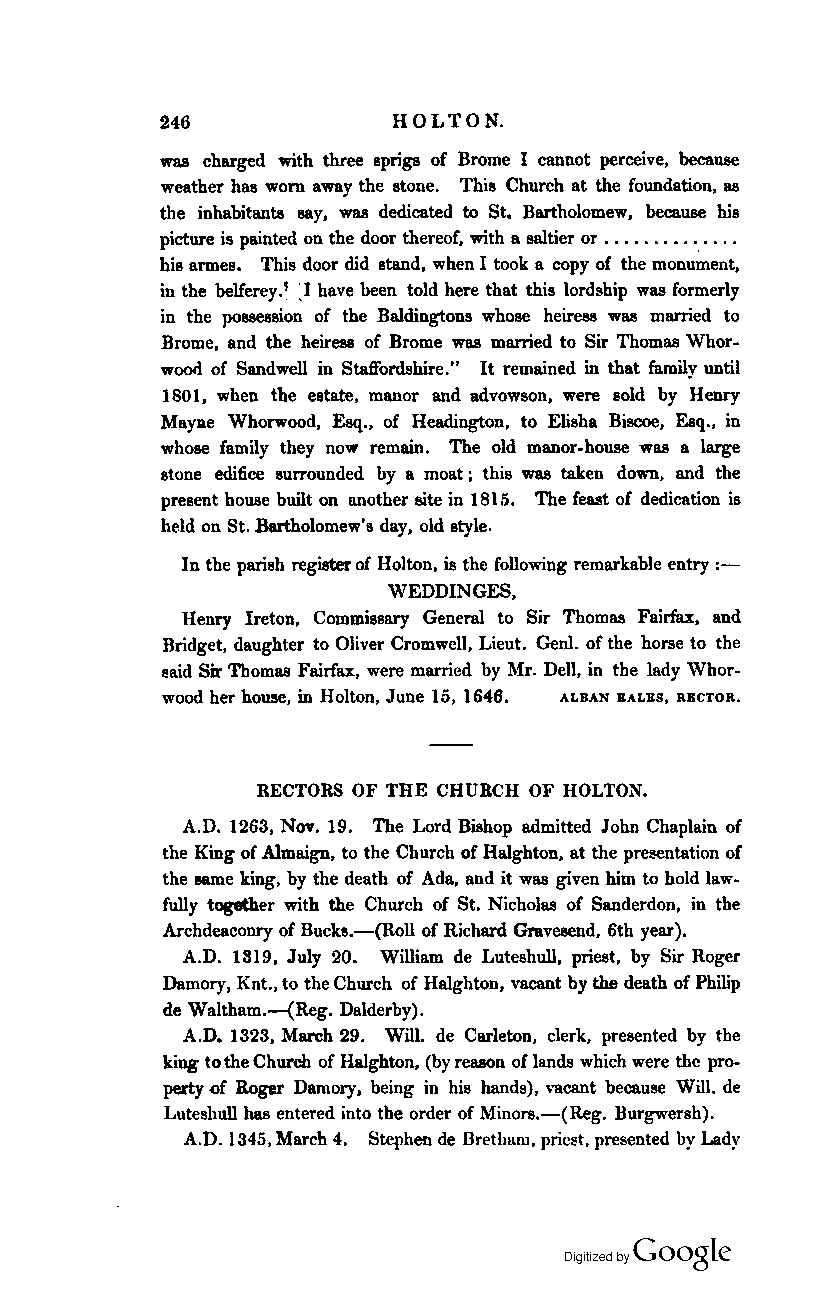
246            HOLTON.
 was charged with three sprigs of Brome I cannot perceive. because
 weather has worn away the stone. This Church at the foundation. as
 the inhabitants say, was dedicated to St. Bartholomew. because bis
 picture is painted on the door thereof. with a saltier or ..•...••. '. ....
 his armes. This door did stand. when I took a copy of the monument,
 in the beHerey.' ~I have been told here that this lordship was formerly
 in the poBSeBBion of the Baldingtons whose heiress was married to
 Brome, and the heiress of Brome was married to Sir Thomas Whor
 wood of Sandwell in Staffordshire." It remained in that family until
 1801, when the estate. manor and advowson, were sold by Henry
 Maylle Whorwood, Esq .• of Headington. to Elisha Biscoe. Esq., in
 whose family they now remain. The old manor-house was a large
 stone edifice surrounded by a moat; this was taken down. and the
 present house built on another site in 181.;. The feast of dedication is
 held on St. Bartholomew's day, old style.
 In the parish register of Holton. is the following remarkable entry :
 WEDDINGES,
 Henry Ireton. Commissary General to Sir Thomas Fairfax. and
 Bridget. daughter to Oliver Cromwell. Lieut. Genl. of the horse to the
 !!aid Sir Thomas Fairfax. were married by Mr. Dell. in the lady Whor
 wood her house. in Holton. June 15. 1646. ALBAN BALBS. RECTOR.
 RECTORS OF THE CHURCH OF HOLTON.
 A.D. 1263. Nov. 19. The Lord Bishop admitted John Chaplain of
 the King of A1maign. to the Church of Halghton, at the prel!entation of
 the same king. by the death of Ada. and it was given him to hold law
 fully together with the Church of St. Nicholas of Sanderdon. in the
 Archdeaconry of Bucks.-(Roll of Richard Gravesend. 6th year).
 A.D. 1319. July 20. William de Luteshull, priest. by Sir Roger
 Damory, Knt .• to the Church of Halghton, vacant by the death of Philip
 de Waltham.-(Reg. Dalderby).
 A.D. 1323, March 29. Will. de Carleton. clerk. presented by the
 king to the Church of Halghton, (by reason of lands which were thc pro
 perty of Roger Damory. being in his hands). vacant because Will. de
 Luteshull has entered into the order of Minors.-(Reg. Burgwersh).
 A.D. 1345. March 4. Stephen de Bretham. priest. presented by Lady
 Coogle
 Digitized by